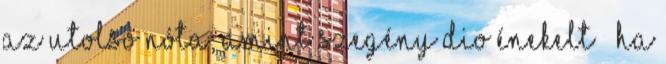
az utolsó nóta, amint szegény Dio énekelt – ha